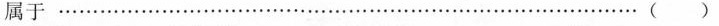
属于…………… ……()